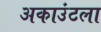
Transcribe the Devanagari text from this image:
अकाउंटला